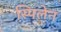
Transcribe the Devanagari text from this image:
स्पिलेन